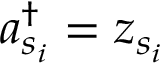
a _ { s _ { i } } ^ { \dagger } = z _ { s _ { i } }